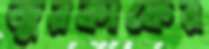
জুরকাফের